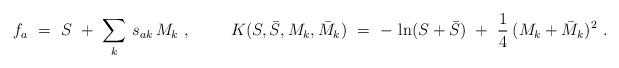
LaTeX: \begin{align*}f_a\ =\ S\ +\ \sum_k\, s_{ak}\, M_k\ , \hskip 1cm K (S, \bar S, M_k, \bar M_k)\ =\ -\, \ln (S + \bar S)\ +\ \frac{1}{4}\: (M_k + \bar M_k)^2\ .\end{align*}